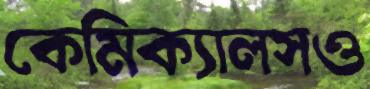
কেমিক্যালসও